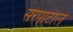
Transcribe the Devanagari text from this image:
सरपाटील